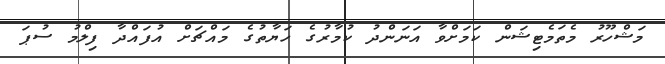
މަޝްހޫރު މެތަމެޓިޝަން ކަމަށްވާ އަނަންދު ކުމާރުގެ ހަޔާތުގެ މައްޗަށް އުފައްދާ ފިލްމު ސުޕަ